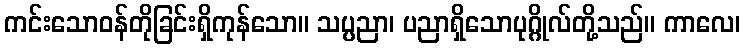
ကင်းသောဝန်တိုခြင်းရှိကုန်သော။ သပ္ပညာ၊ ပညာရှိသောပုဂ္ဂိုလ်တို့သည်။ ကာလေ၊